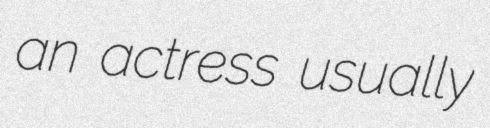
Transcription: an actress usually